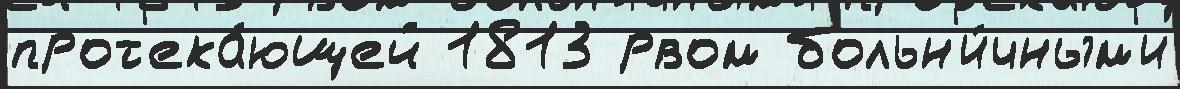
прот'ека́ющей 1813 рвом больн'и́чным'и